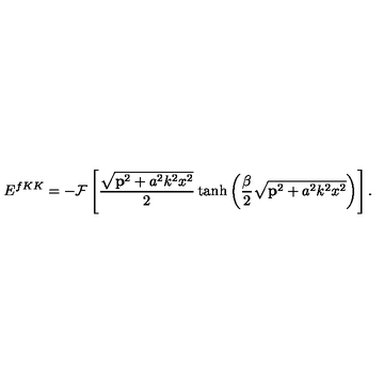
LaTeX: E ^ { f K K } = - { \cal { F } } \left[ \frac { \sqrt { { \bf p } ^ { 2 } + a ^ { 2 } k ^ { 2 } x ^ { 2 } } } { 2 } \tanh \left( \frac { \beta } { 2 } \sqrt { { \bf p } ^ { 2 } + a ^ { 2 } k ^ { 2 } x ^ { 2 } } \right) \right] .